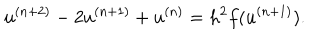
LaTeX: u ^ { ( n + 2 ) } - 2 u ^ { ( n + 1 ) } + u ^ { ( n ) } = h ^ { 2 } f ( u ^ { ( n + 1 ) } ) .